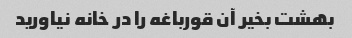
بهشت بخیر آن قورباغه را در خانه نیاورید